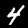
Digit: 4